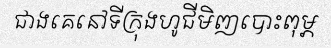
ជាងគេនៅទីក្រុងហូជីមិញបោះពុម្ភ